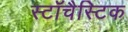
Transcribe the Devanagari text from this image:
स्टॉचैस्टिक